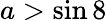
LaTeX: a>\sin 8